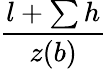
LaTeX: \frac{l+\sum h}{z(b)}